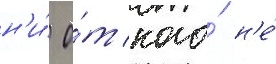
н'и́ о́т кого́ н'е́